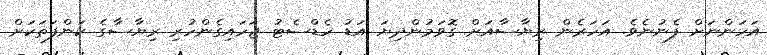
އަހަންނަށް ފެނުނެވެ. އަހަރެން ރިޔާސާއަށް ގޮވަމުންދިޔަ އަޑު ހެޑްސެޓު ޖަހައިގެންހުރި ރިޔާސާގެ ކަންފަތަކަށް